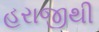
હરાજીથી